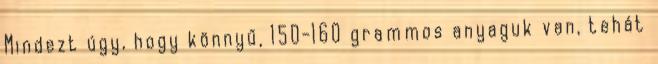
Mindezt úgy, hogy könnyű, 150-160 grammos anyaguk van, tehát